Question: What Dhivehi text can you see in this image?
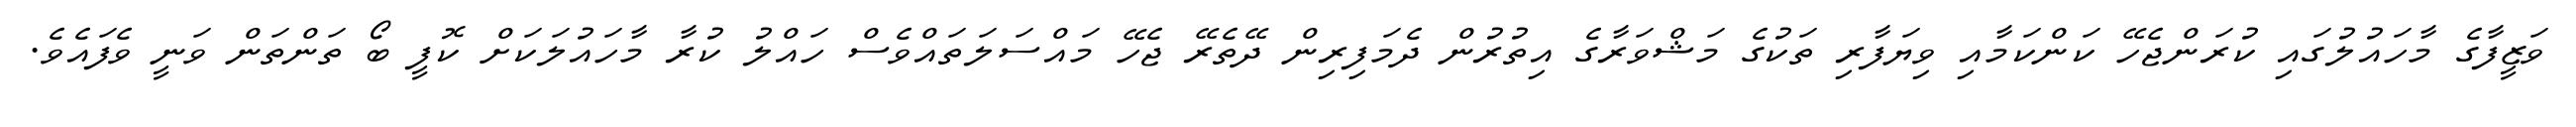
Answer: ވަޒީފާގެ މާހައުލުގައި ކުރަންޖެހޭ ކަންކަމާއި ވިޔަފާރި ތަކުގެ މަޝްވަރާގެ އިތުރުން ދެމަފިރިން ދޭތެރޭ ޖެހޭ މައްސަލަތައްވެސް ހައްލު ކުރާ މާހައުލަކަށް ކޮފީ ބޯ ތަންތަން ވަނީ ވެފައެވެ.